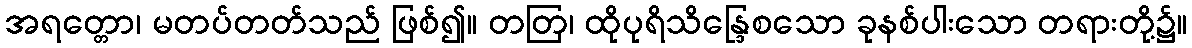
အရတ္တော၊ မတပ်တတ်သည် ဖြစ်၍။ တတြ၊ ထိုပုရိသိန္ဒြေစသော ခုနစ်ပါးသော တရားတို့၌။